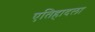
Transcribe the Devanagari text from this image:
एतिहादला